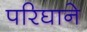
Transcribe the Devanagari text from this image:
परिघाने